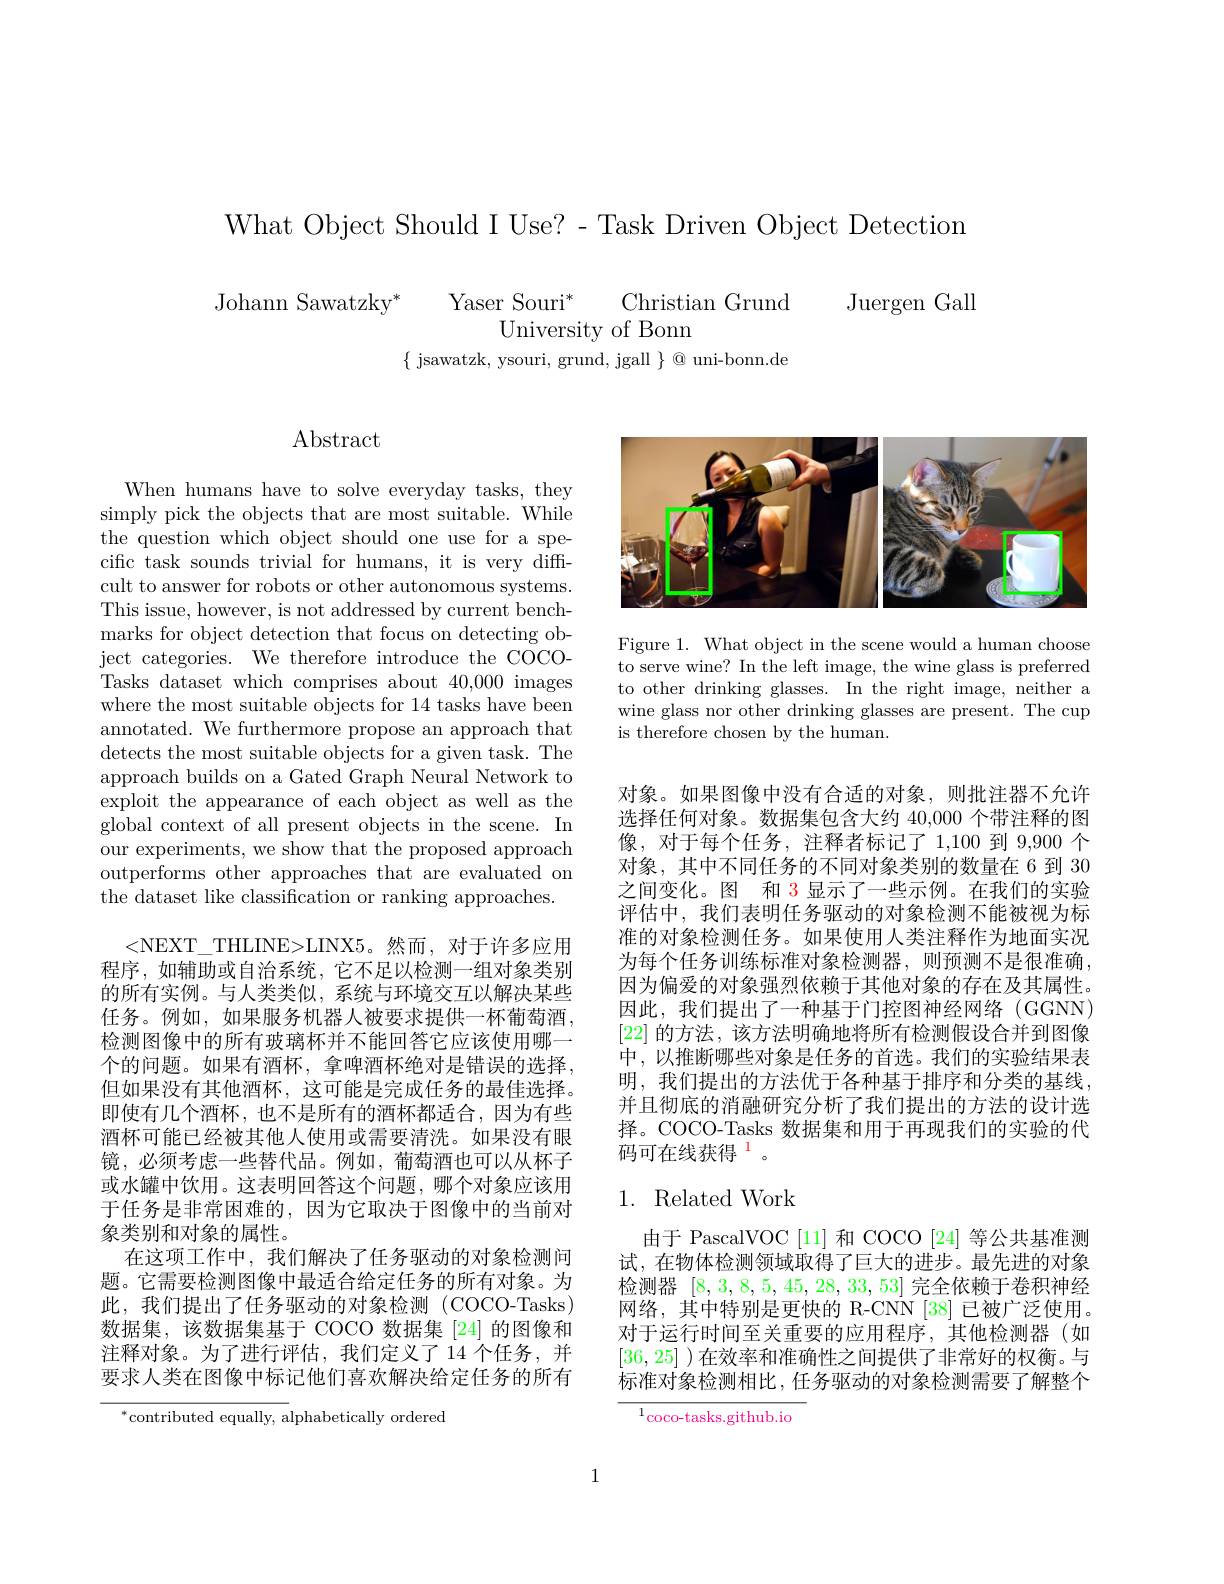
What Object Should I Use? - Task Driven Object Detection

Juergen Gall

Johann Sawatzky$^*$
Yaser Souri$^*$
Christian Grund
University of Bonn
$\{$ jsawatzk, ysouri, grund, jgall $\}\otimes$ uni-bonn.de

## Abstract

When humans have to solve everyday tasks, they simply pick the objects that are most suitable. While the question which object should one use for a specific task sounds trivial for humans, it is very diffcult to answer for robots or other autonomous systems. This issue, however, is not addressed by current benchmarks for object detection that focus on detecting object categories. We therefore introduce the COCOTasks dataset which comprises about 40,000 images where the most suitable objects for 14 tasks have been annotated. We furthermore propose an approach that detects the most suitable objects for a given task. The approach builds on a Gated Graph Neural Network to exploit the appearance of each object as well as the global context of all present objects in the scene. In our experiments, we show that the proposed approach outperforms other approaches that are evaluated on the dataset like classification or ranking approaches.

<NEXT\_THLINE>LINX5。然而，对于许多应用程序，如辅助或自治系统，它不足以检测一组对象类别的所有实例。与人类类似，系统与环境交互以解决某些任务。例如，如果服务机器人被要求提供一杯葡萄酒， 检测图像中的所有玻璃杯并不能回答它应该使用哪一个的问题。如果有酒杯，拿啤酒杯绝对是错误的选择， 但如果没有其他酒杯，这可能是完成任务的最佳选择。即使有几个酒杯，也不是所有的酒杯都适合，因为有些酒杯可能已经被其他人使用或需要清洗。如果没有眼镜，必须考虑一些替代品。例如，葡萄酒也可以从杯子或水罐中饮用。这表明回答这个问题，哪个对象应该用于任务是非常困难的，因为它取决于图像中的当前对象类别和对象的属性。
在这项工作中，我们解决了任务驱动的对象检测问题。它需要检测图像中最适合给定任务的所有对象。为此，我们提出了任务驱动的对象检测(COCO-Tasks) 数据集，该数据集基于 COCO 数据集[24]的图像和注释对象。为了进行评估，我们定义了14个任务，并要求人类在图像中标记他们喜欢解决给定任务的所有

$^*$contributed equally, alphabetically ordered

<FigureHere>

Figure 1. What object in the scene would a human choose to serve wine? In the left image, the wine glass is preferred to other drinking glasses. In the right image, neither a wine glass nor other drinking glasses are present. The cup is therefore chosen by the human.

对象。如果图像中没有合适的对象，则批注器不允许选择任何对象。数据集包含大约 40,000 个带注释的图像，对于每个任务，注释者标记了 1,100 到 9,900 个对象，其中不同任务的不同对象类别的数量在 6 到 30之间变化。图 和 3显示了一些示例。在我们的实验评估中，我们表明任务驱动的对象检测不能被视为标准的对象检测任务。如果使用人类注释作为地面实况为每个任务训练标准对象检测器，则预测不是很准确， 因为偏爱的对象强烈依赖于其他对象的存在及其属性。因此，我们提出了一种基于门控图神经网络(GGNN) [22]的方法，该方法明确地将所有检测假设合并到图像中，以推断哪些对象是任务的首选。我们的实验结果表明，我们提出的方法优于各种基于排序和分类的基线， 并且彻底的消融研究分析了我们提出的方法的设计选择。COCO-Tasks 数据集和用于再现我们的实验的代码可在线获得$^{\color{red}{1}}$。

## 1. Related Work

由于 PascalVOC [11] 和 COCO [24] 等公共基准测试，在物体检测领域取得了巨大的进步。最先进的对象检测器[8,3,8,5,45,28,33,53]完全依赖于卷积神经网络，其中特别是更快的 R-CNN [38] 已被广泛使用。对于运行时间至关重要的应用程序，其他检测器(如[36,25] )在效率和准确性之间提供了非常好的权衡。与标准对象检测相比，任务驱动的对象检测需要了解整个

${^{1}\mathrm{coco-tasks.github.io}}$

1